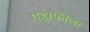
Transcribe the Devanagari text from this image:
गद्दाफीला